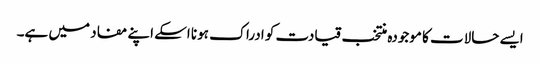
ایسے حالات کا موجودہ منتخب قیادت کو ادراک ہونا اسکے اپنے مفاد میں ہے۔